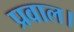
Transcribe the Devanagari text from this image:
प्रवाल।